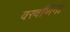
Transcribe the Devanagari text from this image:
वरवर्णिनी